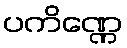
ပကိဏ္ဏေ